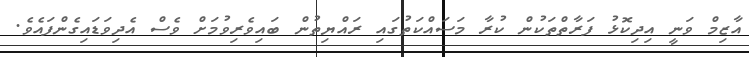
އާޒިމް ވަނީ އިދިކޮޅު ފަރާތްތަކުން ކުރާ މަސައްކަތުގައި ރައްޔިތުން ބައިވެރިވުމަށް ވެސް އެދިވަޑައިގެންފައެވެ.